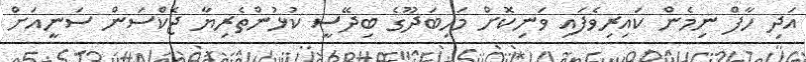
އަދި ހާފް ނިމެން ކައިރިވެފައި ވަނިކޮށް މަހިބަދޫގެ ބިދޭސީ ކުޅުންތެރިޔާ ޖެކްސަން ސަނީއަށް